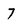
Character: 7